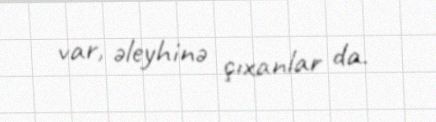
var, əleyhinə çıxanlar da.